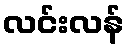
လင်းလန်